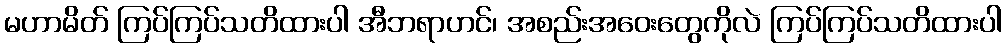
မဟာမိတ် ကြပ်ကြပ်သတိထားပါ အီဘရာဟင်၊ အစည်းအဝေးတွေကိုလဲ ကြပ်ကြပ်သတိထားပါ